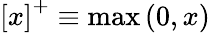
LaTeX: \left[x\right]^{+}\equiv\operatorname*{max}\left(0,x\right)